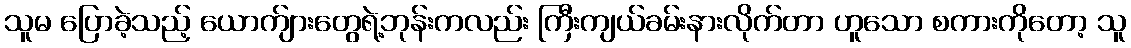
သူမ ပြောခဲ့သည့် ယောက်ျားတွေရဲ့ဘုန်းကလည်း ကြီးကျယ်ခမ်းနားလိုက်တာ ဟူသော စကားကိုတော့ သူ